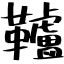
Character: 𩍼